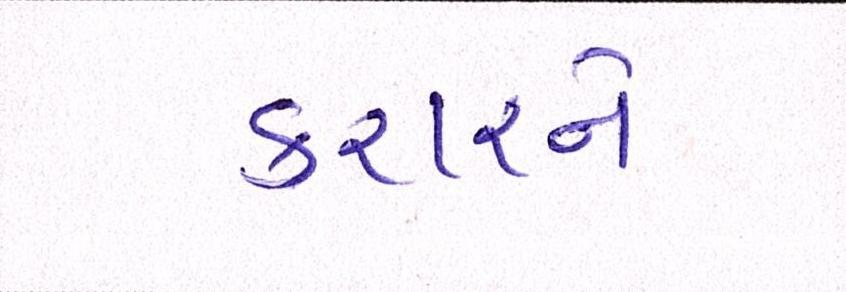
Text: કરારને